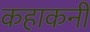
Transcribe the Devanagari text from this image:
कहाकनी